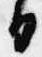
白